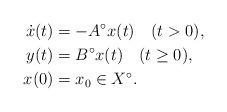
LaTeX: \begin{align*} \dot{x}(t) & = -A^{\circ}x(t) \quad(t>0),\\ y(t) & = B^{\circ}x(t) \quad(t\geq 0),\\ x(0) & = x_0 \in X^\circ.\end{align*}